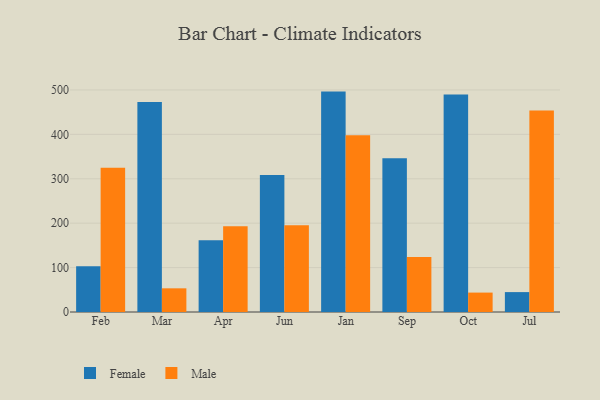
{"axis": {"x": "Month", "y": "Gross Profit (USD K)"}, "legend": ["Female", "Male"], "data": [{"x": "Feb", "y": 103.2, "type": "Female"}, {"x": "Feb", "y": 325.0, "type": "Male"}, {"x": "Mar", "y": 473.1, "type": "Female"}, {"x": "Mar", "y": 53.3, "type": "Male"}, {"x": "Apr", "y": 161.8, "type": "Female"}, {"x": "Apr", "y": 193.0, "type": "Male"}, {"x": "Jun", "y": 308.5, "type": "Female"}, {"x": "Jun", "y": 195.1, "type": "Male"}, {"x": "Jan", "y": 496.3, "type": "Female"}, {"x": "Jan", "y": 398.0, "type": "Male"}, {"x": "Sep", "y": 346.2, "type": "Female"}, {"x": "Sep", "y": 123.7, "type": "Male"}, {"x": "Oct", "y": 490.0, "type": "Female"}, {"x": "Oct", "y": 43.7, "type": "Male"}, {"x": "Jul", "y": 44.8, "type": "Female"}, {"x": "Jul", "y": 453.9, "type": "Male"}]}